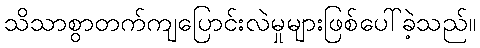
သိသာစွာတက်ကျပြောင်းလဲမှုများဖြစ်ပေါ်ခဲ့သည်။